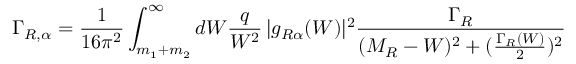
\Gamma _ { R , \alpha } = \frac { 1 } { 1 6 \pi ^ { 2 } } \int _ { m _ { 1 } + m _ { 2 } } ^ { \infty } d W \frac { q } { W ^ { 2 } } \, | g _ { R \alpha } ( W ) | ^ { 2 } \frac { \Gamma _ { R } } { ( M _ { R } - W ) ^ { 2 } + ( \frac { \Gamma _ { R } ( W ) } { 2 } ) ^ { 2 } }